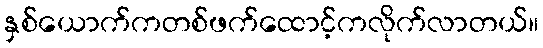
နှစ်ယောက်ကတစ်ဖက်ထောင့်ကလိုက်လာတယ်။